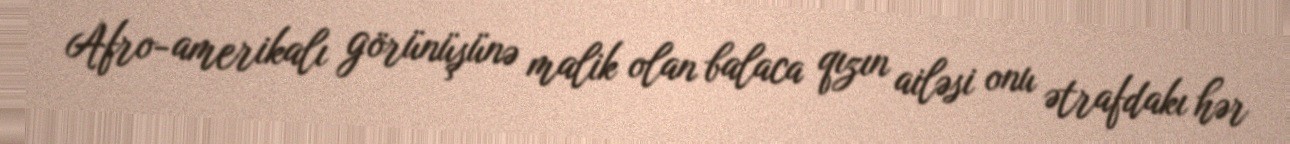
Afro-amerikalı görünüşünə malik olan balaca qızın ailəsi onu ətrafdakı hər